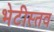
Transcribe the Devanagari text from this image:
भेटीस्तव